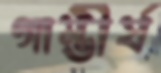
গাম্ভীর্য